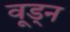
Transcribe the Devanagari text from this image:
वूड्न